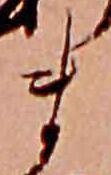
ま